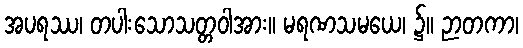
အပရဿ၊ တပါးသောသတ္တဝါအား။ မရဏသမယေ၊ ၌။ ဉာတကာ၊